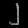
Digit: ၂